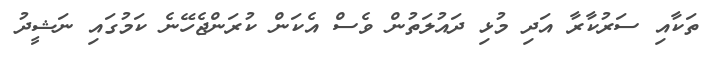
ތަކާއި ސަރުކާރާ އަދި މުޅި ދައުލަތުން ވެސް އެކަން ކުރަންޖެހޭނެ ކަމުގައި ނަޝީދު